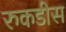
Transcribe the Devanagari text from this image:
रुकडीस